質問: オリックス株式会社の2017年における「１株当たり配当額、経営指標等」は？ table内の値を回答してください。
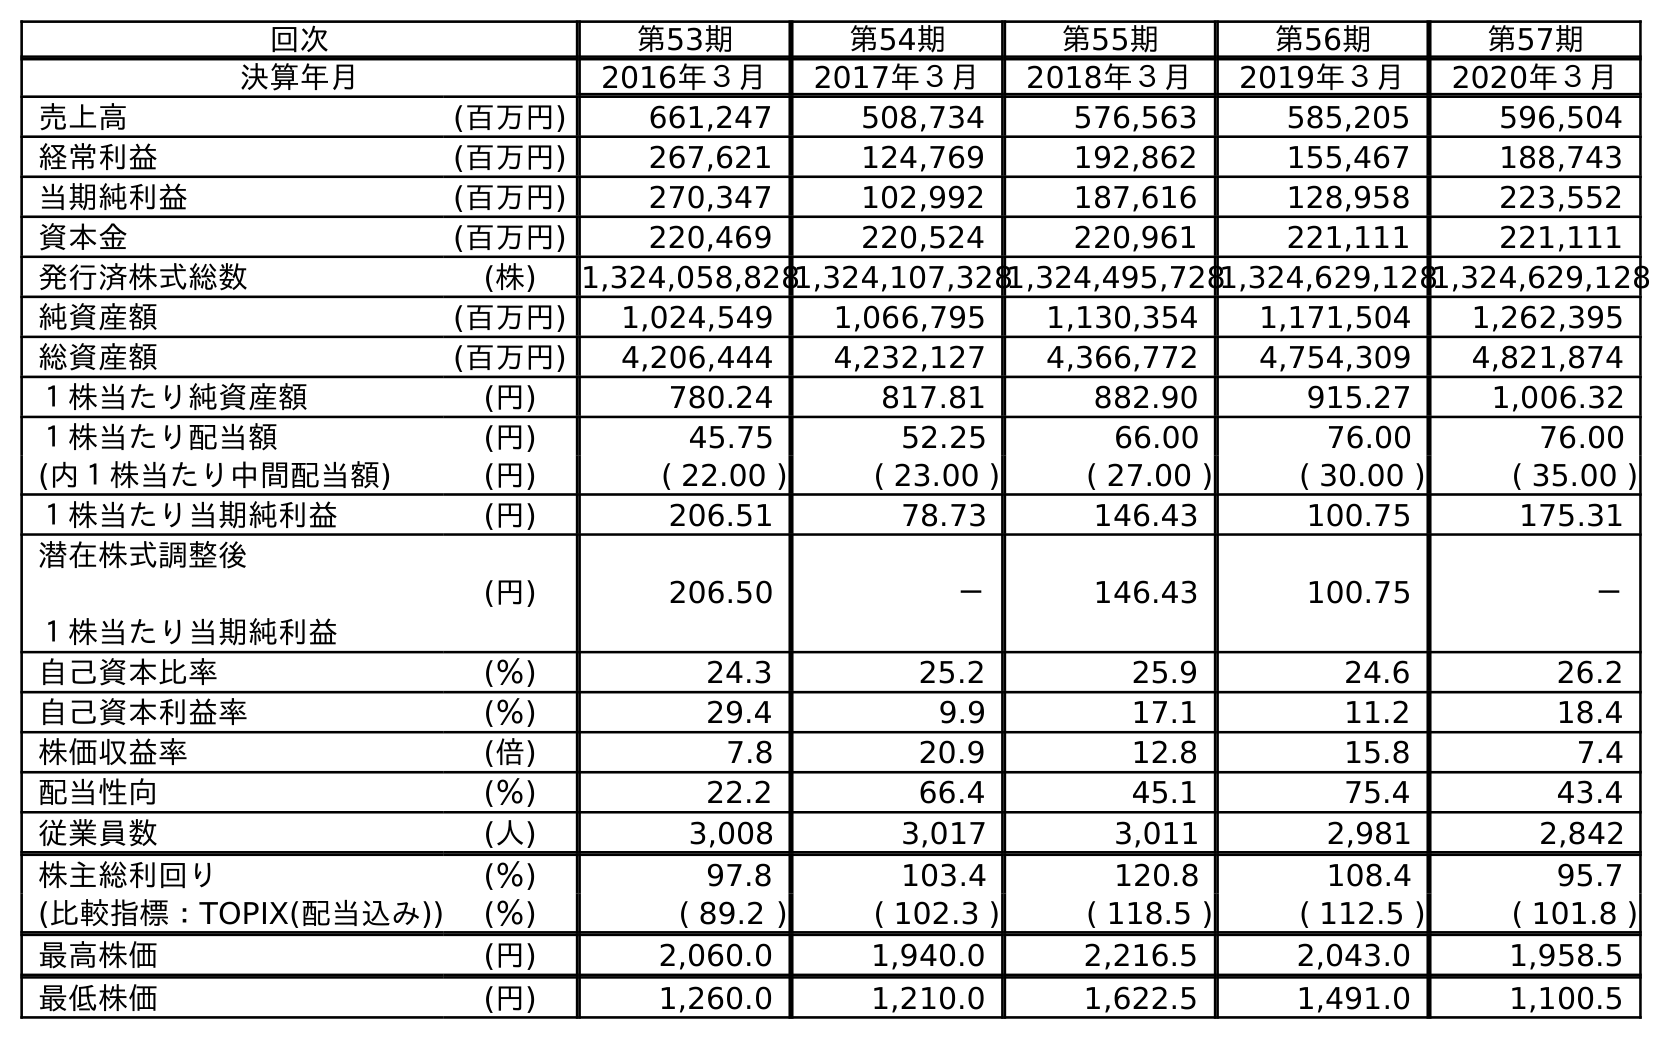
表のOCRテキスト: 回次 第53期 第54期 第55期 第56期 第57期 決算年月 2016年３月 2017年３月 2018年３月 2019年３月 2020年３月 売上高 (百万円) 661,247 508,734 576,563 585,205 596,504 経常利益 (百万円) 267,621 124,769 192,862 155,467 188,743 当期純利益 (百万円) 270,347 102,992 187,616 128,958 223,552 資本金 (百万円) 220,469 220,524 220,961 221,111 221,111 発行済株式総数 (株) 1,324,058,8281,324,107,3281,324,495,7281,324,629,1281,324,629,128 純資産額 (百万円) 1,024,549 1,066,795 1,130,354 1,171,504 1,262,395 総資産額 (百万円) 4,206,444 4,232,127 4,366,772 4,754,309 4,821,874 １株当たり純資産額 (円) 780.24 817.81 882.90 915.27 1,006.32 １株当たり配当額 (円) 45.75 52.25 66.00 76.00 76.00 (内１株当たり中間配当額) (円) ( 22.00 ) ( 23.00 ) ( 27.00 ) ( 30.00 ) ( 35.00 ) １株当たり当期純利益 (円) 206.51 78.73 146.43 100.75 175.31 潜在株式調整後 １株当たり当期純利益 (円) 206.50 － 146.43 100.75 － 自己資本比率 (％) 24.3 25.2 25.9 24.6 26.2 自己資本利益率 (％) 29.4 9.9 17.1 11.2 18.4 株価収益率 (倍) 7.8 20.9 12.8 15.8 7.4 配当性向 (％) 22.2 66.4 45.1 75.4 43.4 従業員数 (人) 3,008 3,017 3,011 2,981 2,842 株主総利回り (％) 97.8 103.4 120.8 108.4 95.7 (比較指標：TOPIX(配当込み)) (％) ( 89.2 ) ( 102.3 ) ( 118.5 ) ( 112.5 ) ( 101.8 ) 最高株価 (円) 2,060.0 1,940.0 2,216.5 2,043.0 1,958.5 最低株価 (円) 1,260.0 1,210.0 1,622.5 1,491.0 1,100.5
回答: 52.25